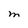
Character: M